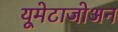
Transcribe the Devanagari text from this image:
यूमेटाजोअन